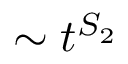
\sim t ^ { S _ { 2 } }